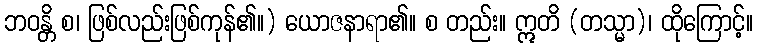
ဘဝန္တိ စ၊ ဖြစ်လည်းဖြစ်ကုန်၏။) ယောဇနာရာ၏။ စ တည်း။ ဣတိ (တသ္မာ)၊ ထိုကြောင့်။